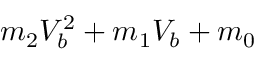
m _ { 2 } V _ { b } ^ { 2 } + m _ { 1 } V _ { b } + m _ { 0 }